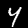
Label: 4